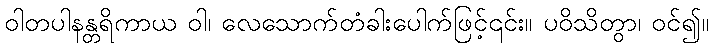
ဝါတပါနန္တရိကာယ ဝါ၊ လေသောက်တံခါးပေါက်ဖြင့်၎င်း။ ပဝိသိတွာ၊ ဝင်၍။